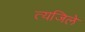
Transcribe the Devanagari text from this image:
त्यजिले